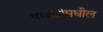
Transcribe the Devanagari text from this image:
पध्दतीमधील